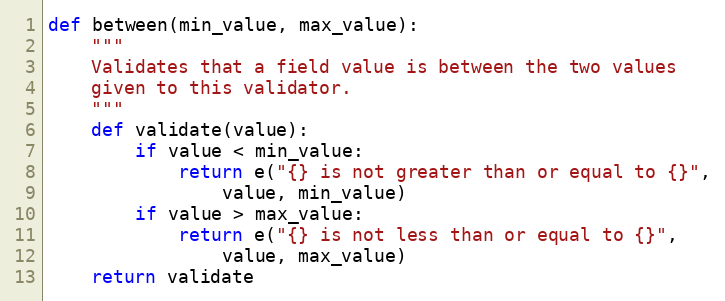
Language: Python
def between(min_value, max_value):
    """
    Validates that a field value is between the two values
    given to this validator.
    """
    def validate(value):
        if value < min_value:
            return e("{} is not greater than or equal to {}",
                value, min_value)
        if value > max_value:
            return e("{} is not less than or equal to {}",
                value, max_value)
    return validate